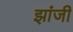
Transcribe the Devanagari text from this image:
झांजी